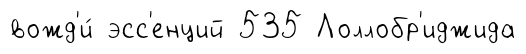
вожд'и́ эсс'енций 535 Лоллобр'иджида